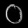
Digit: ၀